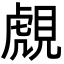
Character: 覤